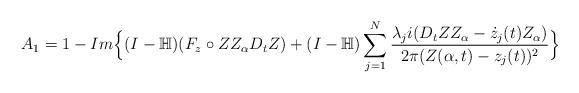
LaTeX: \begin{align*}A_1=1-Im\Big\{ (I-\mathbb{H})(F_z\circ Z Z_{\alpha} D_t Z)+(I-\mathbb{H})\sum_{j=1}^N \frac{\lambda_j i (D_t Z Z_{\alpha}-\dot{z}_j(t)Z_{\alpha})}{2\pi(Z(\alpha,t)-z_j(t))^2}\Big\}\end{align*}